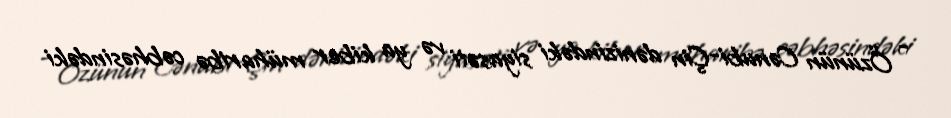
- Özünün Cənubi-Çin dənizindəki siyasəti və ya kiber müharibə cəbhəsindəki